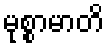
မုစ္စာမာတိ